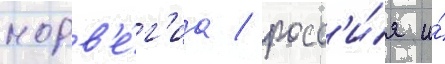
норв'е́г'иа / росс'и́я и́